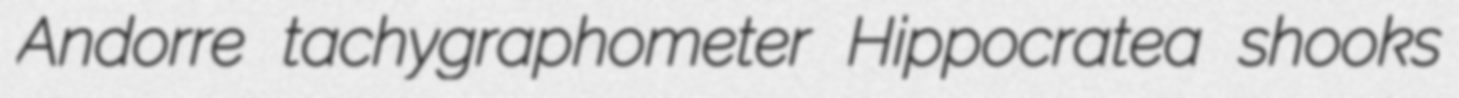
Andorre tachygraphometer Hippocratea shooks